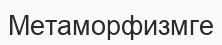
Метаморфизмге